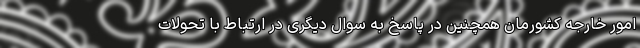
امور خارجه کشورمان همچنین در پاسخ به سوال دیگری در ارتباط با تحولات